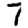
Digit: 7